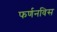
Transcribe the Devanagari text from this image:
फर्णनविस